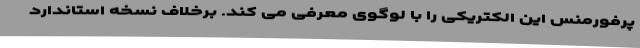
پرفورمنس این الکتریکی را با لوگوی معرفی می کند. برخلاف نسخه استاندارد